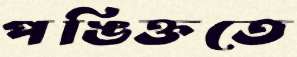
পঙিক্ততে